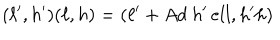
LaTeX: ( \ell ^ { \prime } , h ^ { \prime } ) ( \ell , h ) = ( \ell ^ { \prime } + A d \ h ^ { \prime } \, e l l , h ^ { \prime } h )